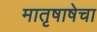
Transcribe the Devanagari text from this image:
मातृषाषेचा